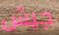
جيش